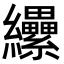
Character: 纝